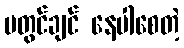
မတွင်ချင် နေပါစေတဲ့